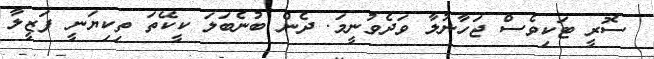
ސޮރީ ޓަކިވެސް ޖަހާނުލާ ވަދެވުނީމަ. ދެން ބުނެބަލަ ކީކޭތަ ތިކިޔަނީ ފަޒީލާ